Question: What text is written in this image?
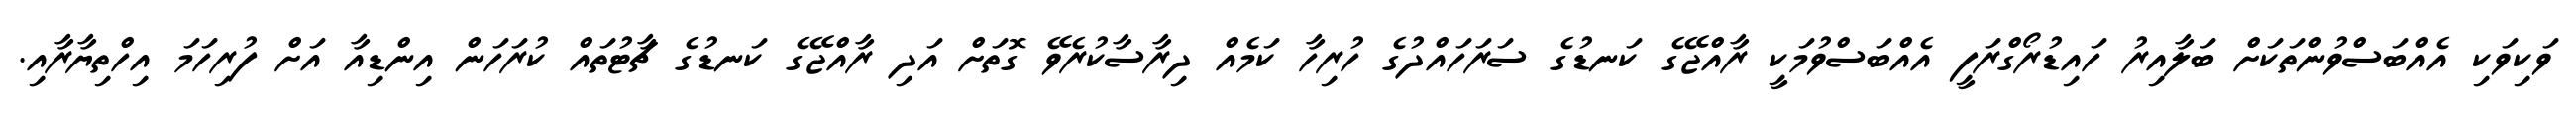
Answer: ވަކިވަކި އެއްބަސްވުންތަކަށް ބަލާއިރު ހައިޑުރޯގްރަފީ އެއްބަސްވުމަކީ ރާއްޖޭގެ ކަނޑުގެ ސަރަހައްދުގެ ހުރިހާ ކަމެއް ދިރާސާކުރެވޭ ގޮތަށް އަދި ރާއްޖޭގެ ކަނޑުގެ ޗާޓުތައް ކުރަހަން އިންޑިއާ އަށް ފުރިހަމަ އިހްތިޔާރާއި.